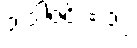
၁ ဒါဇင် = ၁၂